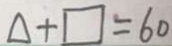
\Delta + \square = 6 0